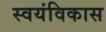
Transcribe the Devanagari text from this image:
स्वयंविकास